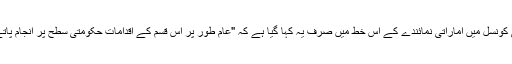
سلامتی کونسل میں اماراتی نمائندے کے اس خط میں صرف یہ کہا گیا ہے کہ "عام طور پر اس قسم کے اقدامات حکومتی سطح پر انجام پاتے ہیں”۔